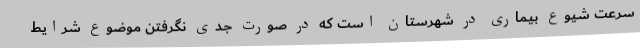
سرعت شیوع بیماری در شهرستان است که در صورت جدی نگرفتن موضوع شرایط